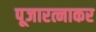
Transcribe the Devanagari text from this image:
पूजारत्नाकर